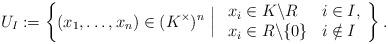
LaTeX: \begin{align*} U_I := \left\{(x_1, \ldots, x_n) \in (K^\times)^n \ \Big| \ \begin{array}{ll} x_i \in K \backslash R & i \in I ,\\ x_i \in R \backslash \{0\} & i \notin I \end{array} \right\}. \end{align*}